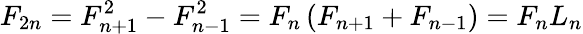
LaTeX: F_{2n}=F_{n+1}^{2}-F_{n-1}^{2}=F_{n}\left(F_{n+1}+F_{n-1}\right)=F_{n}L_{n}